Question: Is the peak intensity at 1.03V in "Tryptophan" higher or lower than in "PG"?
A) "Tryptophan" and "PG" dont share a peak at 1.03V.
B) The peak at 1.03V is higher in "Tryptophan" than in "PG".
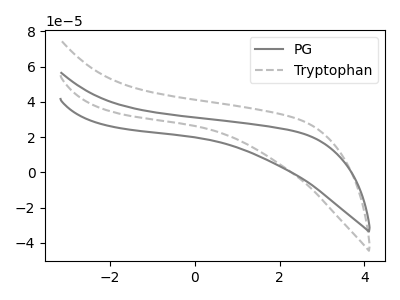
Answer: <think>The gray curve "PG" has no peaks. The gray dashed curve "Tryptophan" has no peaks.</think>
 <answer>A) "Tryptophan" and "PG" dont share a peak at 1.03V.</answer>
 <eval>A</eval>